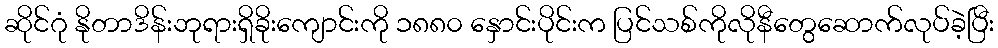
ဆိုင်ဂုံ နိုတာဒိန်းဘုရားရှိခိုးကျောင်းကို ၁၈၈၀ နှောင်းပိုင်းက ပြင်သစ်ကိုလိုနီတွေဆောက်လုပ်ခဲ့ပြီး